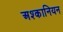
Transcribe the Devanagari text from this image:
अश्कानियन